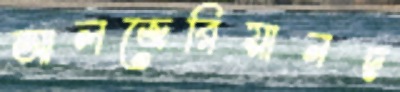
আলজেরিয়ানদ